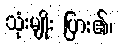
သုံးမျိုး ပြား၏၊